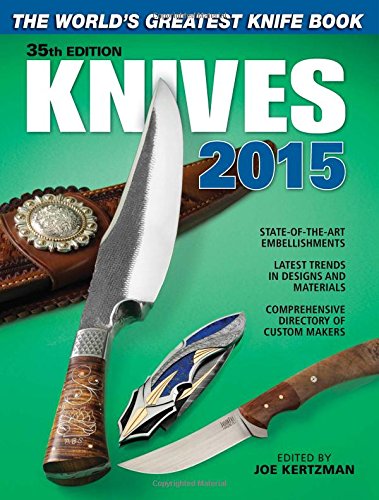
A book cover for Knives 2015: The World's Greatest Knife Book; Crafts, Hobbies & Home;